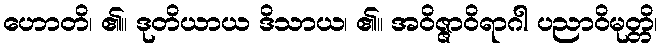
ဟောတိ၊ ၏။ ဒုတိယာယ ဒိသာယ၊ ၏။ အဝိဇ္ဇာဝိရာဂါ ပညာဝိမုတ္တိ၊